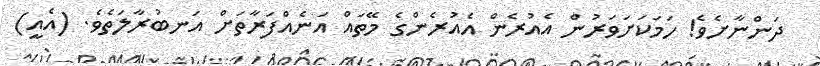
ދަންނާށެވެ! ހަމަކަށަވަރުން އެއުރެން އެއުރެންގެ މޭތައް އަނެއްފަރާތަށް އަނބުރާލަތެވެ. (އެއީ)